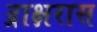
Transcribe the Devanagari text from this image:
द्राक्षरास